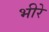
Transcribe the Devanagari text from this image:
भीरे